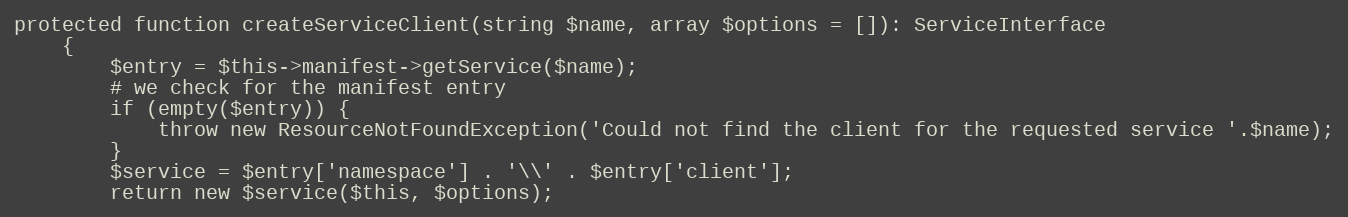
Language: PHP
protected function createServiceClient(string $name, array $options = []): ServiceInterface
    {
        $entry = $this->manifest->getService($name);
        # we check for the manifest entry
        if (empty($entry)) {
            throw new ResourceNotFoundException('Could not find the client for the requested service '.$name);
        }
        $service = $entry['namespace'] . '\\' . $entry['client'];
        return new $service($this, $options);